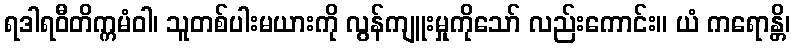
ရဒါရဝီတိက္ကမံဝါ၊ သူတစ်ပါးမယားကို လွန်ကျူးမှုကိုသော် လည်းကောင်း။ ယံ ကရောန္တိ၊